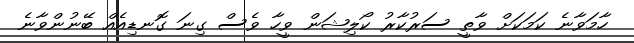
ހާމަވާނެ ކަމަކަށް ވާތީ ސަރުކާރު ކޯލިޝަން ވީހާ ވެސް ގިނަ ގޮނޑިއެއް ބޭނުންވާނެ